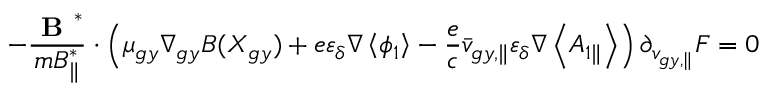
- \frac { \textbf { B } ^ { * } } { m B _ { \parallel } ^ { * } } \boldsymbol { \cdot } \left( \mu _ { g y } \nabla _ { g y } B ( X _ { g y } ) + e \varepsilon _ { \delta } \nabla \left< \phi _ { 1 } \right> - \frac { e } { c } \bar { v } _ { g y , \parallel } \varepsilon _ { \delta } \nabla \left< A _ { 1 \parallel } \right> \right) \partial _ { { v } _ { g y , \parallel } } F = 0